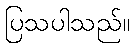
ပြသပါသည်။